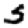
Digit: 5